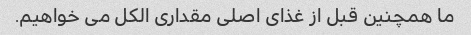
ما همچنین قبل از غذای اصلی مقداری الکل می خواهیم.